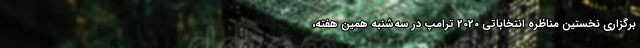
برگزاری نخستین مناظره انتخاباتی 2020 ترامپ در سه‌شنبه همین هفته،